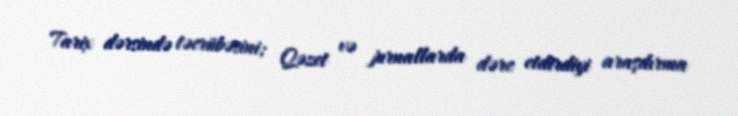
Tarix dərsində təcrübəsini; Qəzet və jurnallarda dərc etdirdiyi araşdırma